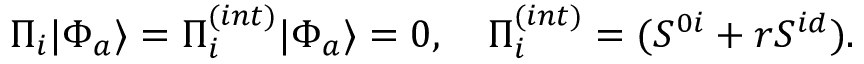
\Pi _ { i } | \Phi _ { a } \rangle = \Pi _ { i } ^ { ( i n t ) } | \Phi _ { a } \rangle = 0 , \quad \Pi _ { i } ^ { ( i n t ) } = ( S ^ { 0 i } + r S ^ { i d } ) .